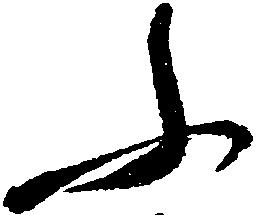
ふ